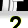
Digit: 2